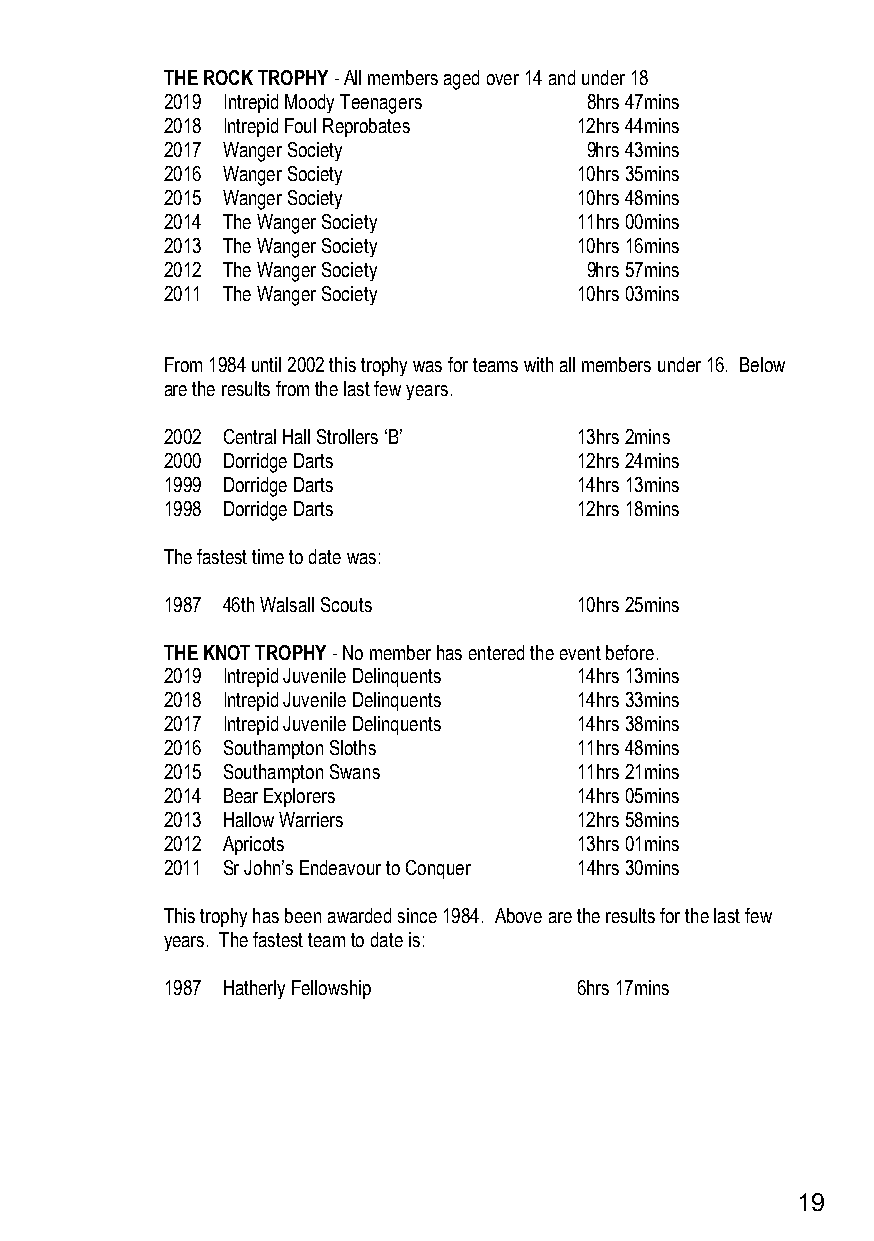
THE ROCK TROPHY - All members aged over 14 and under 18
 2019 Intrepid Moody Teenagers 8hrs 47mins
 2018 Intrepid Foul Reprobates 12hrs 44mins
 2017 Wanger Society         9hrs 43mins
 2016 Wanger Society        10hrs 35mins
 2015 Wanger Society        10hrs 48mins
 2014 The Wanger Society    11hrs 00mins
 2013 The Wanger Society    10hrs 16mins
 2012 The Wanger Society     9hrs 57mins
 2011 The Wanger Society    10hrs 03mins
 From 1984 until 2002 this trophy was for teams with all members under 16. Below
 are the results from the last few years.
 2002 Central Hall Strollers ‘B’ 13hrs 2mins
 2000 Dorridge Darts        12hrs 24mins
 1999 Dorridge Darts        14hrs 13mins
 1998 Dorridge Darts        12hrs 18mins
 The fastest time to date was:
 1987 46th Walsall Scouts   10hrs 25mins
 THE KNOT TROPHY - No member has entered the event before.
 2019 Intrepid Juvenile Delinquents 14hrs 13mins
 2018 Intrepid Juvenile Delinquents 14hrs 33mins
 2017 Intrepid Juvenile Delinquents 14hrs 38mins
 2016 Southampton Sloths    11hrs 48mins
 2015 Southampton Swans     11hrs 21mins
 2014 Bear Explorers        14hrs 05mins
 2013 Hallow Warriers       12hrs 58mins
 2012 Apricots              13hrs 01mins
 2011 Sr John’s Endeavour to Conquer 14hrs 30mins
 This trophy has been awarded since 1984. Above are the results for the last few
 years. The fastest team to date is:
 1987 Hatherly Fellowship   6hrs 17mins
 19